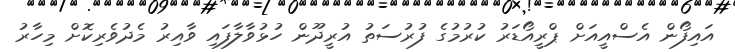
އައިފޯން އެސްއީއަށް ޕްރީއޯޑަރު ކުރުމުގެ ފުރުސަތު އުރީދޫން ހުޅުވާލާފައި ވާއިރު މެދުވެރިކޮށް މިހާރު